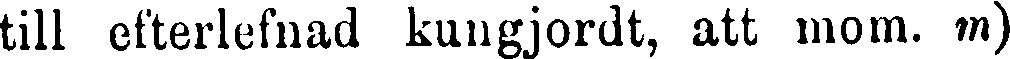
till efterlefnad kungjordt, att mom. m)